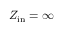
Z _ { \mathrm { i n } } = \infty